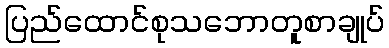
ပြည်ထောင်စုသဘောတူစာချုပ်